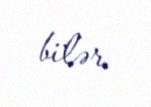
bilər.